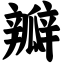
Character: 瓣